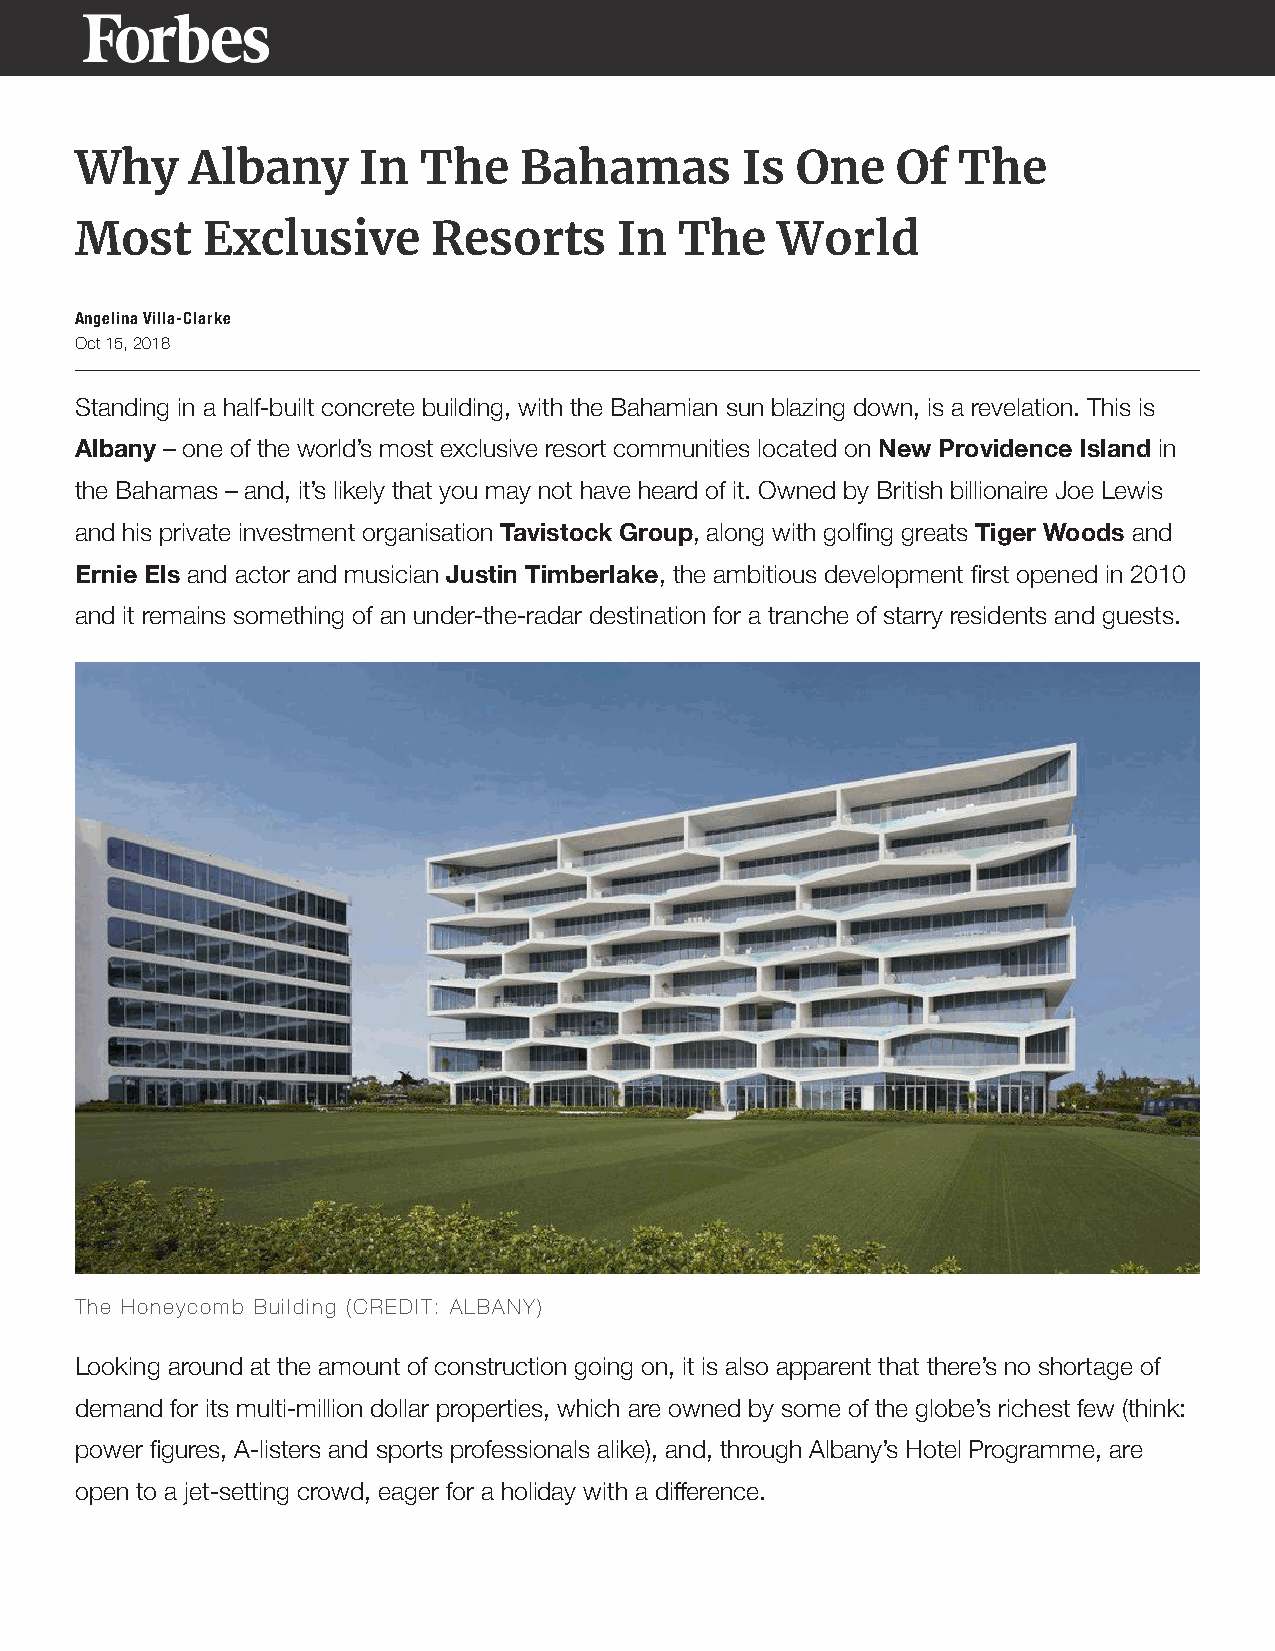
Why     Albany     In  The   Bahamas        Is  One   Of   The
 Most    Exclusive       Resorts     In  The    World
 Angelina Villa-Clarke
 Oct 15, 2018
 Standing in a half-built concrete building, with the Bahamian sun blazing down, is a revelation. This is
 Albany – one of the world’s most exclusive resort communities located on New Providence Island in
 the Bahamas – and, it’s likely that you may not have heard of it. Owned by British billionaire Joe Lewis
 and his private investment organisation Tavistock Group, along with golfing greats Tiger Woods and
 Ernie Els and actor and musician Justin Timberlake, the ambitious development first opened in 2010
 and it remains something of an under-the-radar destination for a tranche of starry residents and guests.
 The Honeycomb Building (CREDIT: ALBANY)
 Looking around at the amount of construction going on, it is also apparent that there’s no shortage of
 demand for its multi-million dollar properties, which are owned by some of the globe’s richest few (think:
 power figures, A-listers and sports professionals alike), and, through Albany’s Hotel Programme, are
 open to a jet-setting crowd, eager for a holiday with a difference.